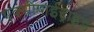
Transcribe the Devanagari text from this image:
एक्सीपाईट्राइड